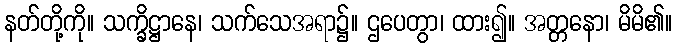
နတ်တို့ကို။ သက္ခိဋ္ဌာနေ၊ သက်သေအရာ၌။ ဌပေတွာ၊ ထား၍။ အတ္တနော၊ မိမိ၏။